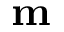
\mathbf { m }